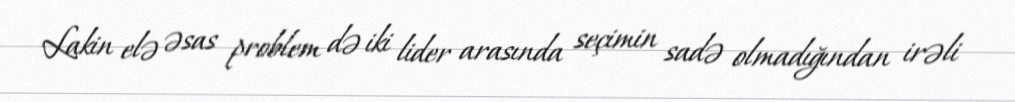
Lakin elə əsas problem də iki lider arasında seçimin sadə olmadığından irəli